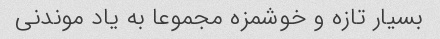
بسیار تازه و خوشمزه مجموعا به یاد موندنی